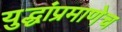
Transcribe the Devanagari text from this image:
युद्धांप्रमाणेच